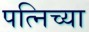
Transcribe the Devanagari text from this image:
पत्निच्या